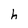
Character: h